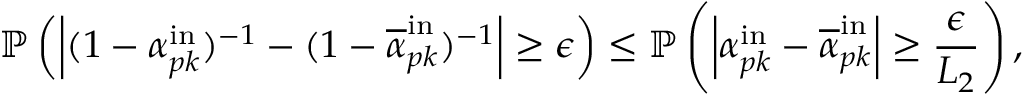
\mathbb { P } \left( \left| ( 1 - \alpha _ { p k } ^ { \mathrm { i n } } ) ^ { - 1 } - ( 1 - \overline { { \alpha } } _ { p k } ^ { \mathrm { i n } } ) ^ { - 1 } \right| \geq \epsilon \right) \leq \mathbb { P } \left( \left| \alpha _ { p k } ^ { \mathrm { i n } } - \overline { { \alpha } } _ { p k } ^ { \mathrm { i n } } \right| \geq \frac { \epsilon } { L _ { 2 } } \right) ,